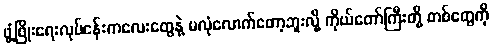
ဖွံ့ဖြိုးရေးလုပ်ငန်းကလေးတွေနဲ့ မလုံလောက်တော့ဘူးလို့ ကိုယ်တော်ကြီးတို့ တစ်တွေကို